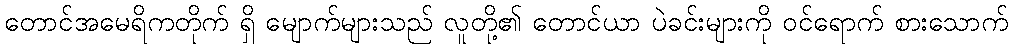
တောင်အမေရိကတိုက် ရှိ မျောက်များသည် လူတို့၏ တောင်ယာ ပဲခင်းများကို ဝင်ရောက် စားသောက်